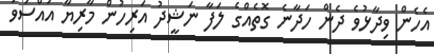
އެހެން ވިދާޅުވެ ދެން ހަދާނެ ގޮތެއްގެ ލަފާ ނަޝީދު އަރިހުން މާރިޔާ އައްސަވަ